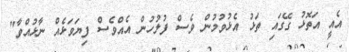
އެއީ އަތޮޅު ގޭގައި ތަޅު އެޅުވުމުން ވެސް ފުލުހުން އެއްވެސް ފިޔަވަޅެއް ނާޅުއްވާ"